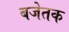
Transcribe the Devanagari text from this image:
बजेतक